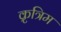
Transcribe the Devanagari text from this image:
क्रृत्रिम